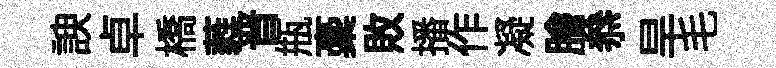
諛卓橋蕤晋瓶稾敗播作凝膾叅旱毛